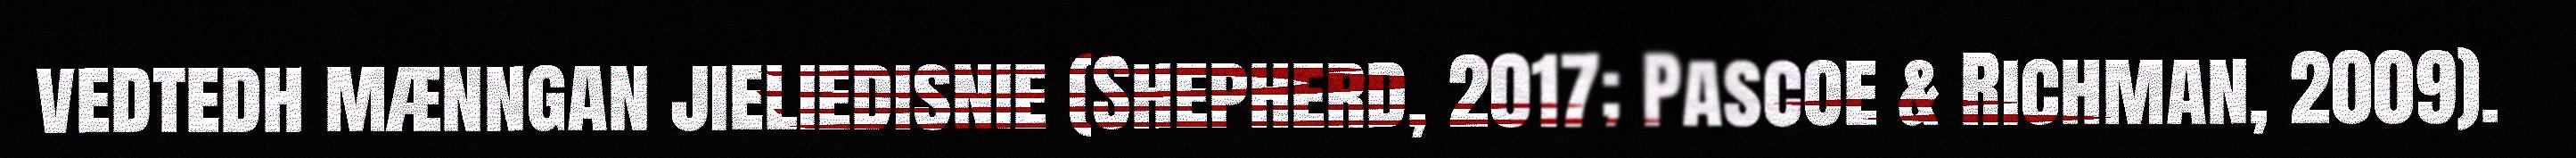
vedtedh mænngan jieliedisnie (Shepherd, 2017; Pascoe & Richman, 2009).